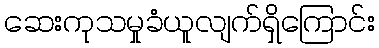
ဆေးကုသမှုခံယူလျက်ရှိကြောင်း